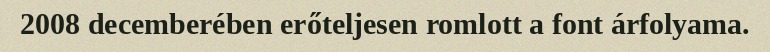
2008 decemberében erőteljesen romlott a font árfolyama.